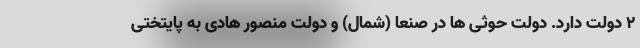
2 دولت دارد. دولت حوثی ها در صنعا (شمال) و دولت منصور هادی به پایتختی